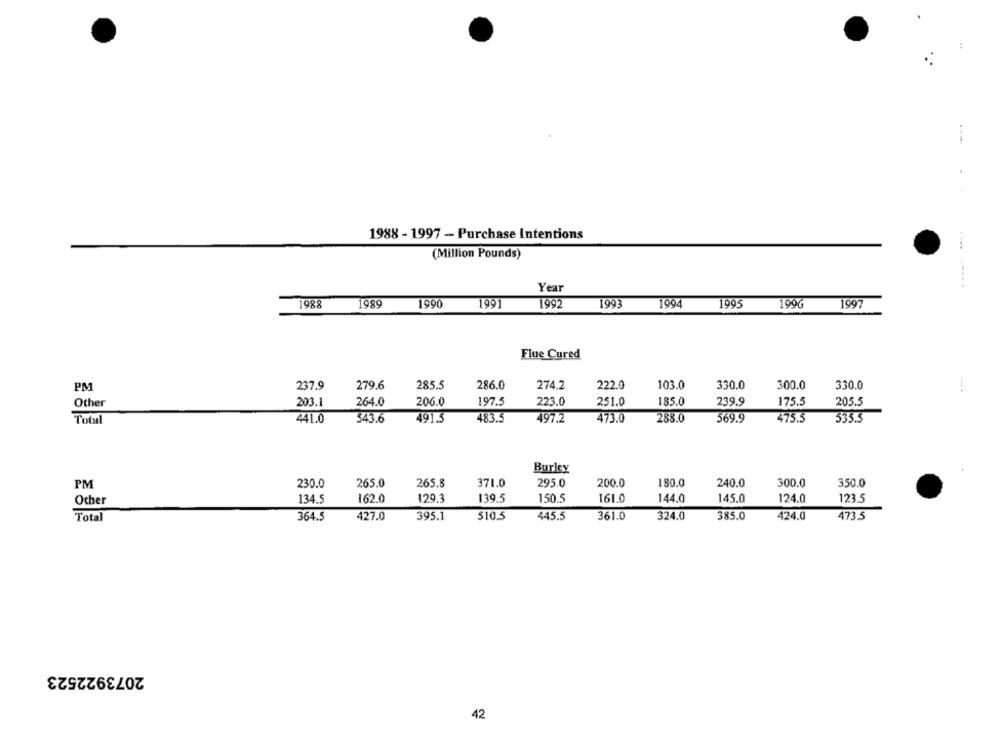
1988 - 1997 - Purchase Intentions
(Million Pounds)
Year
1988
1989
1990
1991
1992
1993
1994
1995
1996
1997
Flue Cured
237.9
279.6
285.5
286.0
274.2
222.0
103.0
330.0
300.0
330.0
PM
223.0
Other
203.1
264.0
206.0
197.5
251.0
185.0
239.9
175.5
205.5
Total
441.0
543.6
491.5
483.5
497.2
473.0
288.0
569.9
475.5
535.5
Burley
PM
265.0
265.8
371.0
295.0
200.0
180.0
240.0
300.0
350.0
230.0
161.0
145.0
124.0
Other
134.5
162.0
129.3
139.5
150.5
144.0
123.5
Total
364.5
427.0
395.1
510.5
445.5
361.0
324.0
385.0
424.0
473.5
2073922523
42